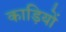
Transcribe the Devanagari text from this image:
काड़ियों